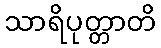
သာရိပုတ္တာတိ